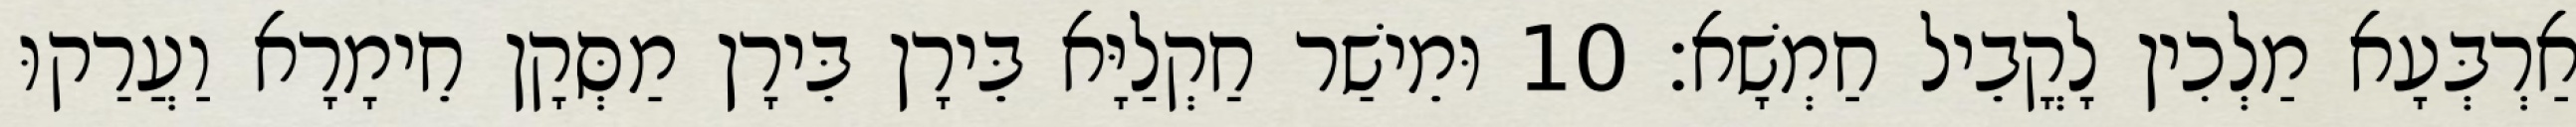
אַרְבְּעָא מַלְכִין לָקֳבֵיל חַמְשָׁא׃ 10 וּמֵישַׁר חַקְלַיָּא בֵּירָן בֵּירָן מַסְּקָן חֵימָרָא וַעֲרַקוּ